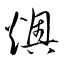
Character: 燠